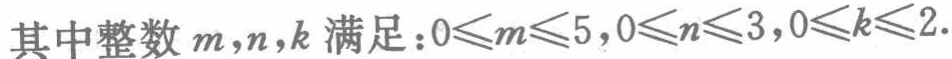
其中整数 \(m,n,k\) 满足：\(0\leqslant m\leqslant 5,0\leqslant n\leqslant 3,0\leqslant k\leqslant 2\).